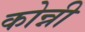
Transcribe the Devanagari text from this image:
कोन्नी